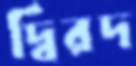
দ্বিরদ